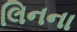
લિનના